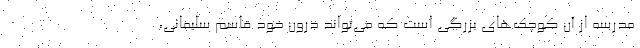
مدرسه از آن کوچک‌های بزرگی است که می‌تواند درون خود قاسم سلیمانی،